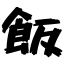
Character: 飯